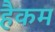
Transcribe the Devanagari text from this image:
हैकम